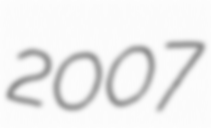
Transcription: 2007